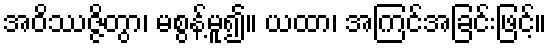
အဝိဿဇ္ဇိတွာ၊ မစွန့်မူ၍။ ယထာ၊ အကြင်အခြင်းဖြင့်။